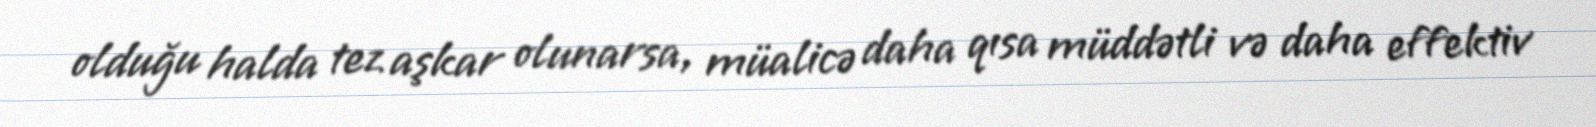
olduğu halda tez aşkar olunarsa, müalicə daha qısa müddətli və daha effektiv